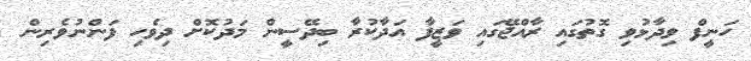
ހަނީފް ވިދާޅުވި ގޮތުގައި ރާއްޖޭގައި ވަޒީފާ އަދާކުރާ ބިދޭސީން މަދުކޮށް ދިވެހި ފަންނުވެރިން